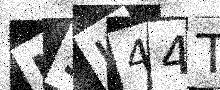
Text: I5J44T